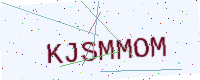
Text: KJSMMOM